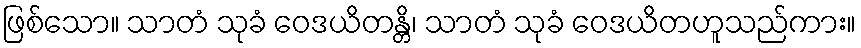
ဖြစ်သော။ သာတံ သုခံ ဝေဒယိတန္တိ၊ သာတံ သုခံ ဝေဒယိတဟူသည်ကား။